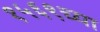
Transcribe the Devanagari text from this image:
१५६९च्या